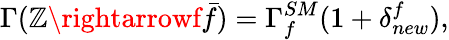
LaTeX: \Gamma(\mathbb{Z}\rightarrowf{\bar{{f}}})=\Gamma_{f}^{SM}(1+\delta_{new}^{f}),